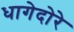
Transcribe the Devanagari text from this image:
धागेदोरे